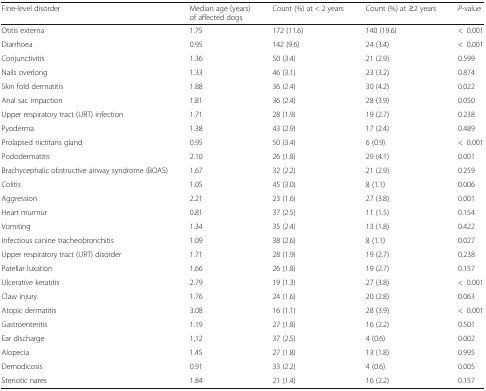
<table><thead><tr><td><b>Fine-level disorder</b></td><td><b>Median age (years) of affected dogs</b></td><td><b>Count (%) at &lt; 2 years</b></td><td><b>Count (%) at ≥2 years</b></td><td><b><i>P</i>-value</b></td></tr></thead><tbody><tr><td>Otitis externa</td><td>1.75</td><td>172 (11.6)</td><td>140 (19.6)</td><td>&lt;0.001</td></tr><tr><td>Diarrhoea</td><td>0.95</td><td>142 (9.6)</td><td>24 (3.4)</td><td>&lt;0.001</td></tr><tr><td>Conjunctivitis</td><td>1.36</td><td>50 (3.4)</td><td>21 (2.9)</td><td>0.599</td></tr><tr><td>Nails overlong</td><td>1.33</td><td>46 (3.1)</td><td>23 (3.2)</td><td>0.874</td></tr><tr><td>Skin fold dermatitis</td><td>1.88</td><td>36 (2.4)</td><td>30 (4.2)</td><td>0.022</td></tr><tr><td>Anal sac impaction</td><td>1.81</td><td>36 (2.4)</td><td>28 (3.9)</td><td>0.050</td></tr><tr><td>Upper respiratory tract (URT) infection</td><td>1.71</td><td>28 (1.9)</td><td>19 (2.7)</td><td>0.238</td></tr><tr><td>Pyoderma</td><td>1.38</td><td>43 (2.9)</td><td>17 (2.4)</td><td>0.489</td></tr><tr><td>Prolapsed nictitans gland</td><td>0.95</td><td>50 (3.4)</td><td>6 (0.9)</td><td>&lt;0.001</td></tr><tr><td>Pododermatitis</td><td>2.10</td><td>26 (1.8)</td><td>29 (4.1)</td><td>0.001</td></tr><tr><td>Brachycephalic obstructive airway syndrome (BOAS)</td><td>1.67</td><td>32 (2.2)</td><td>21 (2.9)</td><td>0.259</td></tr><tr><td>Colitis</td><td>1.05</td><td>45 (3.0)</td><td>8 (1.1)</td><td>0.006</td></tr><tr><td>Aggression</td><td>2.21</td><td>23 (1.6)</td><td>27 (3.8)</td><td>0.001</td></tr><tr><td>Heart murmur</td><td>0.81</td><td>37 (2.5)</td><td>11 (1.5)</td><td>0.154</td></tr><tr><td>Vomiting</td><td>1.34</td><td>35 (2.4)</td><td>13 (1.8)</td><td>0.422</td></tr><tr><td>Infectious canine tracheobronchitis</td><td>1.09</td><td>38 (2.6)</td><td>8 (1.1)</td><td>0.027</td></tr><tr><td>Upper respiratory tract (URT) disorder</td><td>1.71</td><td>28 (1.9)</td><td>19 (2.7)</td><td>0.238</td></tr><tr><td>Patellar luxation</td><td>1.66</td><td>26 (1.8)</td><td>19 (2.7)</td><td>0.157</td></tr><tr><td>Ulcerative keratitis</td><td>2.79</td><td>19 (1.3)</td><td>27 (3.8)</td><td>&lt;0.001</td></tr><tr><td>Claw injury</td><td>1.76</td><td>24 (1.6)</td><td>20 (2.8)</td><td>0.063</td></tr><tr><td>Atopic dermatitis</td><td>3.08</td><td>16 (1.1)</td><td>28 (3.9)</td><td>&lt;0.001</td></tr><tr><td>Gastroenteritis</td><td>1.19</td><td>27 (1.8)</td><td>16 (2.2)</td><td>0.501</td></tr><tr><td>Ear discharge</td><td>1,12</td><td>37 (2.5)</td><td>4 (0.6)</td><td>0.002</td></tr><tr><td>Alopecia</td><td>1.45</td><td>27 (1.8)</td><td>13 (1.8)</td><td>0.995</td></tr><tr><td>Demodicosis</td><td>0.91</td><td>33 (2.2)</td><td>4 (0.6)</td><td>0.005</td></tr><tr><td>Stenotic nares</td><td>1.84</td><td>21 (1.4)</td><td>16 (2.2)</td><td>0.157</td></tr></tbody></table>